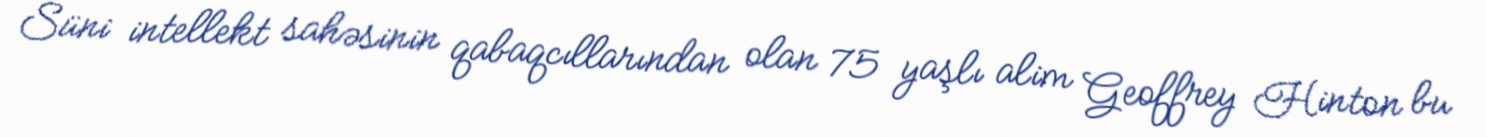
Süni intellekt sahəsinin qabaqcıllarından olan 75 yaşlı alim Geoffrey Hinton bu